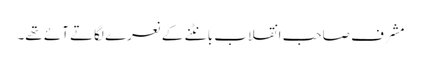
مشرف صاحب انقلاب بانٹنے کے نعرے لگاتے آئے تھے۔